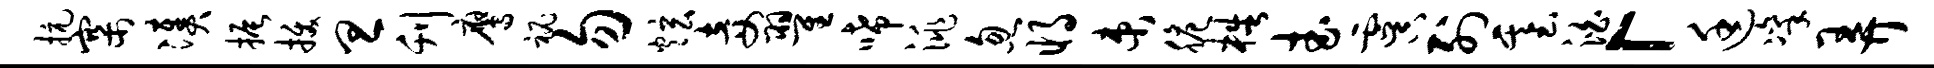
抗寨凑振拔旦刊鹰秘勿炫妾翟唏洮忽将束脆梏武虞列基泊「廷凛弄